Annual report on the Civil Veterinary Department, Burma (including the Insein Veterinary School) - 1923-1931
Year: 1923
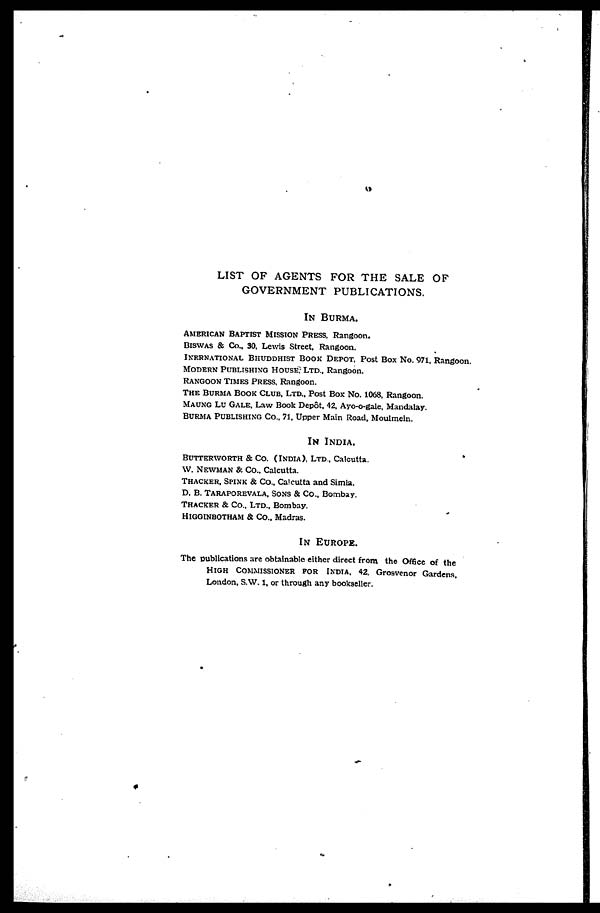
LIST OF AGENTS FOR THE SALE OF GOVERNMENT PUBLICATIONS.
IN BURMA.
AMERICAN BAPTIST MISSION PRESS, Rangoon.
BISWAS & Co., 30. Lewis Street, Rangoon.
INTERNATIONAL BHUDDHIST BOOK DEPOT. Post Box No. 971, Rangoo
MODERN PUBLISHING HOUSE, LTD, Rangoon.
RANGOON TIMES PRESS, Rangoon.
THE BURMA BOOK CLUB, LTD., Post Box No. 1068, Rangoon.
MAUNG LU GALE, Law Book Depôt, 42, Ayo-o-gale, Mandalay.
BURMA PUBLISHING CO., 71, Upper Main Road, Moulmein.
IN INDIA.
BUTTERWORTH & Co. (India), Ltd., Calcutta.
W. NEWMAN & Co., Calcutta.
THACKER. SPINK & Co., Calcutta and Simla.
D. B. TARAPOREVALA, SONS & Co., Bombay.
THACKER & CO., LTD., Bombay.
HIGGINBOTHAM & CO., Madras.
IN EUROPE.
The publications are obtainable either direct from the Office of the HIGH COM